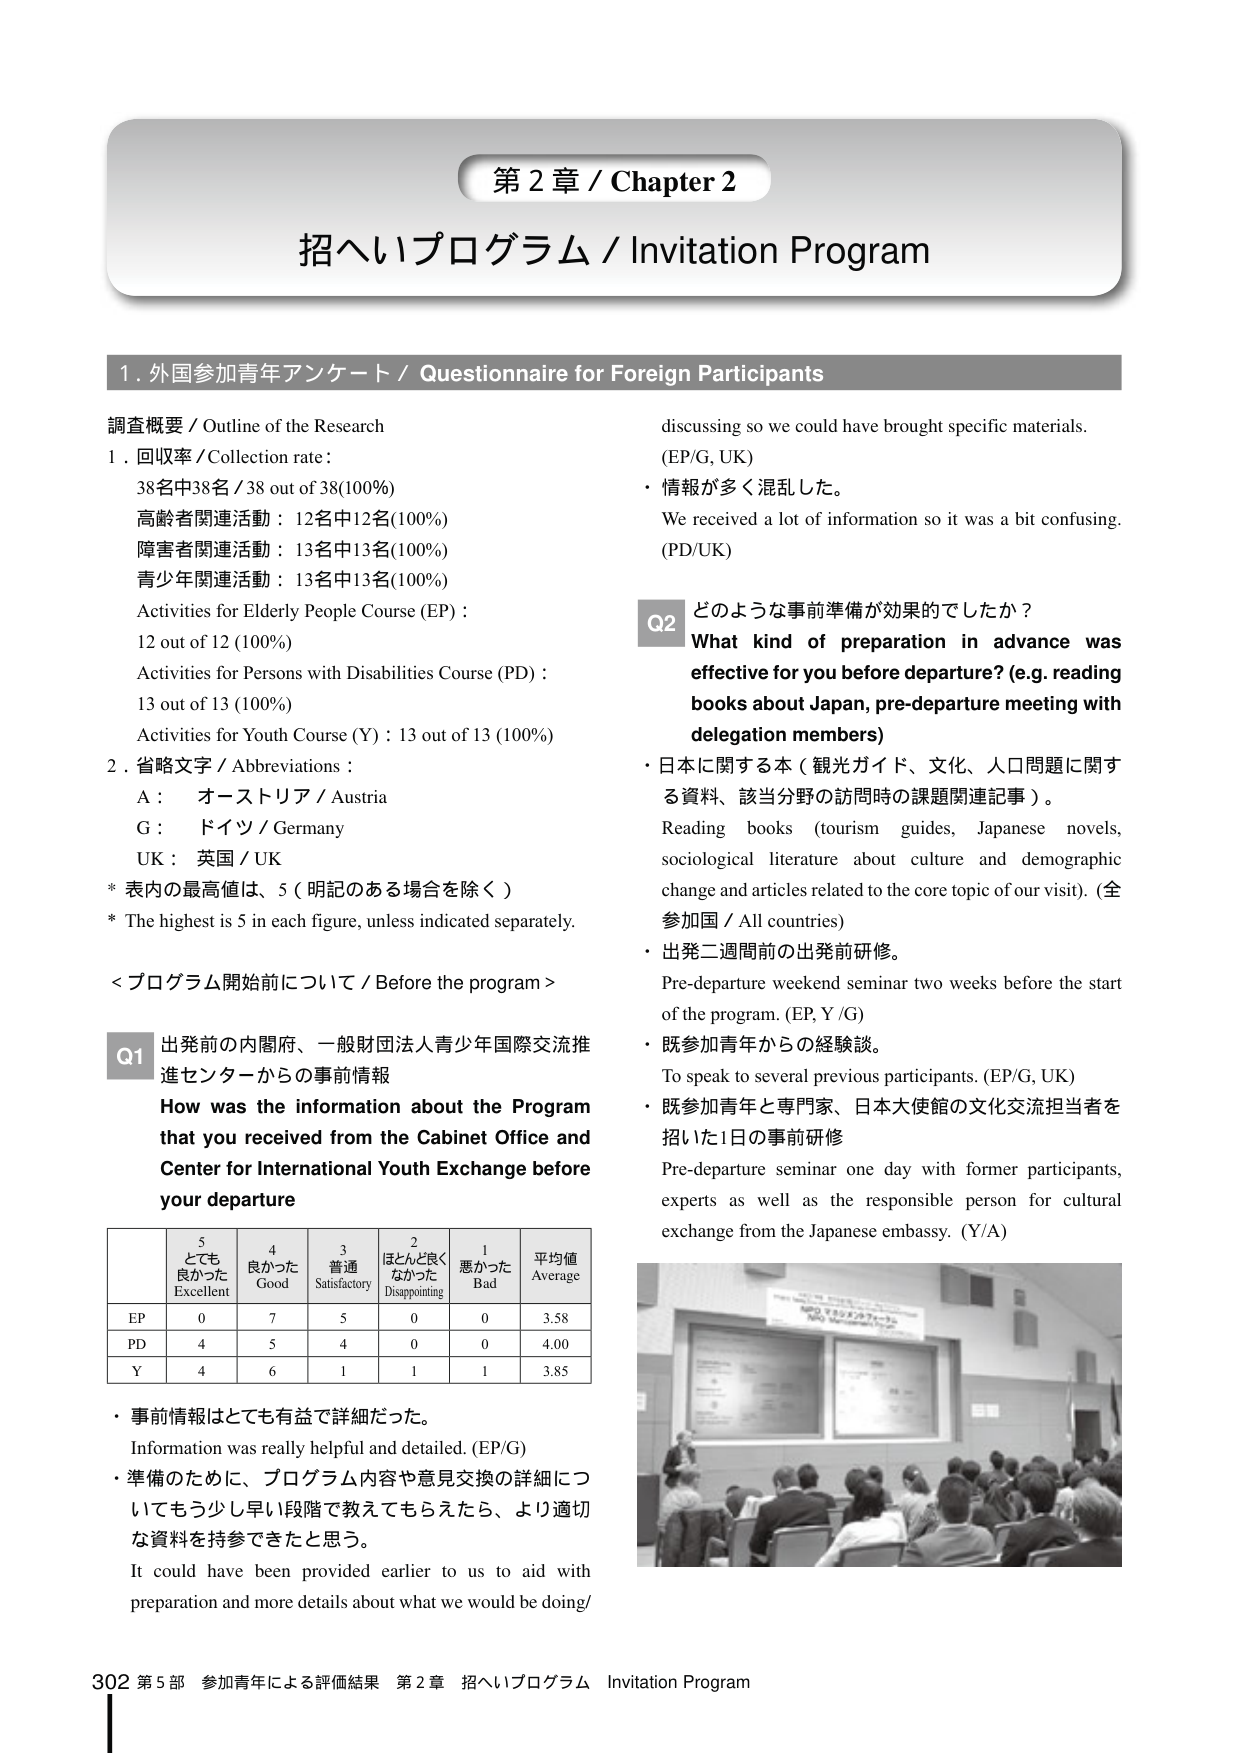
第２章 / Chapter 2
招へいプログラム / Invitation Program

1. 外国参加青年アンケート / Questionnaire for Foreign Participants

調査概要 / Outline of the Research
1. 回収率 / Collection rate:
38名中38名 / 38 out of 38 (100%)
高齢者関連活動：12名中12名(100%)
障害者関連活動：13名中13名(100%)
青少年関連活動：13名中13名(100%)
Activities for Elderly People Course (EP):
12 out of 12 (100%)
Activities for Persons with Disabilities Course (PD):
13 out of 13 (100%)
Activities for Youth Course (Y): 13 out of 13 (100%)

2. 省略文字 / Abbreviations:
A： オーストリア / Austria
G： ドイツ / Germany
UK： 英国 / UK
* 表内の最高値は、5（明記のある場合を除く）
* The highest is 5 in each figure, unless indicated separately.

＜プログラム開始前について / Before the program＞

Q1 出発前の内閣府、一般財団法人青少年国際交流推進センターからの事前情報
How was the information about the Program that you received from the Cabinet Office and Center for International Youth Exchange before your departure

|       | 5 とても良かった Excellent | 4 良かった Good | 3 普通 Satisfactory | 2 ほとんど良くなかった Disappointing | 1 悪かった Bad | 平均値 Average |
|-------|-----------------------------|------------------|----------------------|--------------------------------------|----------------|----------------|
| EP    | 0                           | 7                | 5                    | 0                                    | 0              | 3.58           |
| PD    | 4                           | 5                | 4                    | 0                                    | 0              | 4.00           |
| Y     | 4                           | 6                | 1                    | 1                                    | 1              | 3.85           |

・事前情報はとても有益で詳細だった。
Information was really helpful and detailed. (EP/G)
・準備のために、プログラム内容や意見交換の詳細についても少し早い段階で教えてもらえたら、より適切な資料を持参できたと思う。
It could have been provided earlier to us to aid with preparation and more details about what we would be doing/ discussing so we could have brought specific materials. (EP/G, UK)
・情報が多く混乱した。
We received a lot of information so it was a bit confusing. (PD/UK)

Q2 どのような事前準備が効果的でしたか？
What kind of preparation in advance was effective for you before departure? (e.g. reading books about Japan, pre-departure meeting with delegation members)
・日本に関する本（観光ガイド、文化、人口問題に関する資料、該当分野の訪問時の課題関連記事）。
Reading books (tourism guides, Japanese novels, sociological literature about culture and demographic change and articles related to the core topic of our visit). (全参加国 / All countries)
・出発二週間前の出発前研修。
Pre-departure weekend seminar two weeks before the start of the program. (EP, Y/G)
・既参加青年からの経験談。
To speak to several previous participants. (EP/G, UK)
・既参加青年と専門家、日本大使館の文化交流担当者を招いた1日の事前研修
Pre-departure seminar one day with former participants, experts as well as the responsible person for cultural exchange from the Japanese embassy. (Y/A)

302 第5部 参加青年による評価結果 第2章 招へいプログラム Invitation Program